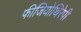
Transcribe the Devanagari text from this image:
फीजियोथिरेपी